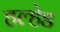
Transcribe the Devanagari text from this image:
हल्हेड